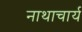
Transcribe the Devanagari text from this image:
नाथाचार्य